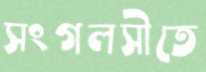
সংগলসীতে